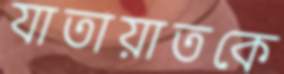
যাতায়াতকে